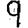
Digit: 9